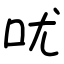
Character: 㕱